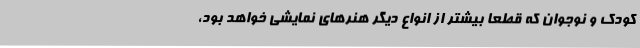
کودک و نوجوان که قطعا بیشتر از انواع دیگر هنرهای نمایشی خواهد بود،